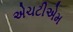
એચટીએમ